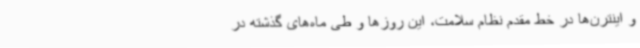
و اینترن‌ها در خط مقدم نظام سلامت، این روزها و طی ماه‌های گذشته در